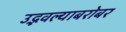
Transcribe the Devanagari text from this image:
उद्भवल्याबरोबर